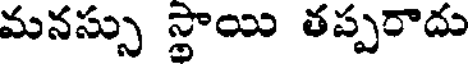
మనస్సు స్థాయి తప్పరాదు